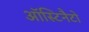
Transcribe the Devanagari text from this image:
ऑस्टिनैटो